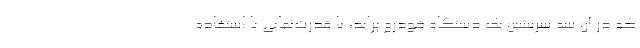
که در آن سه سرنشین یک دستگاه خودرو پراید، با قدرت‌نمایی با استفاده